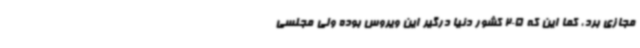
مجازی برد، کما این که 205 کشور دنیا درگیر این ویروس بوده ولی مجلسی